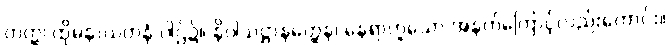
တတ္ထ၊ ထိုမနာယတနံ ပါဌ်၌။ နိဝါသဋ္ဌာနတ္ထေန၊ နေရာဟူသော အနက်ကြောင့်လည်းကောင်း။